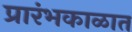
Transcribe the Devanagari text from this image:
प्रारंभकाळात